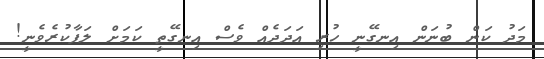
މަދު ކަން ބުނަން އިނގޭނީ ހުރި އަދަދެއް ވެސް އިނގޭތީ ކަމަށް ލަފާކުރެވެނީ!